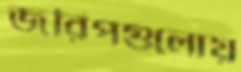
জরিপগুলোয়